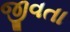
જીવતા